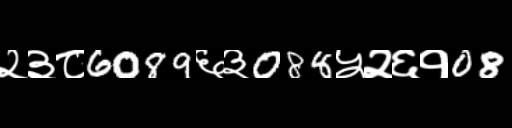
Text: २३८6089६३088५२६१08